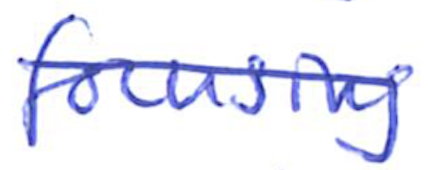
Text: focusing
Cross-out: diagonal
Writing tool: ballpoint